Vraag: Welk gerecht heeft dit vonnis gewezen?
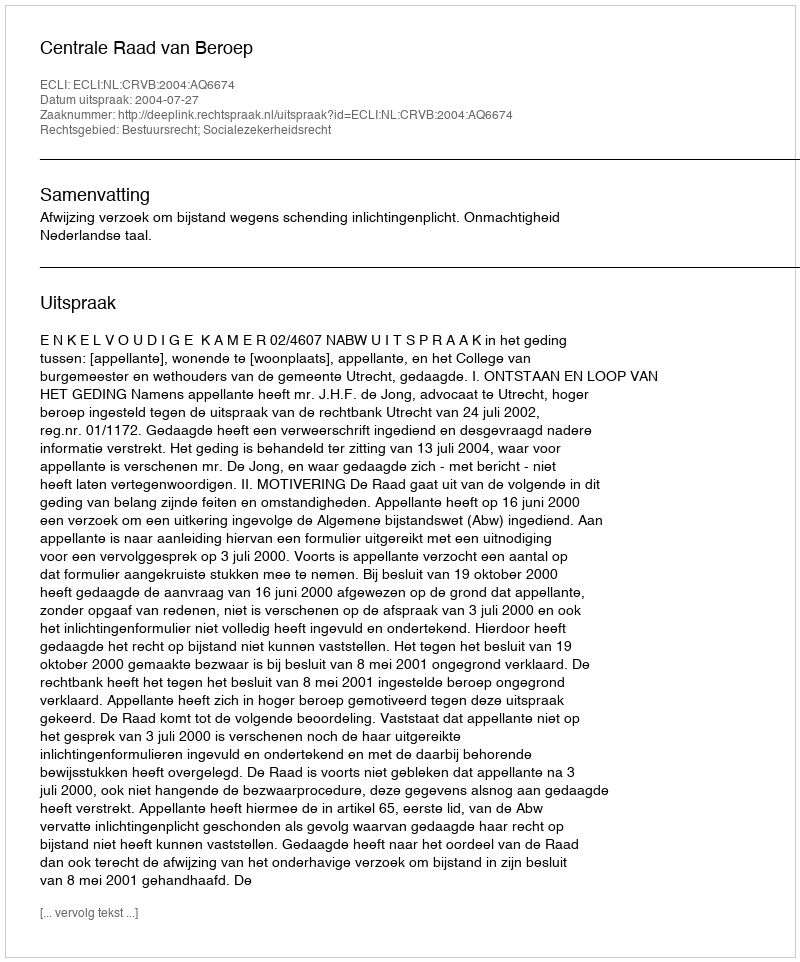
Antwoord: Centrale Raad van Beroep